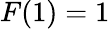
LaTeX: F(1)=1